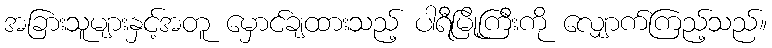
အခြားသူများနှင့်အတူ မှောင်ချထားသည့် ပါရီမြို့ကြီးကို လျှောက်ကြည့်သည်။